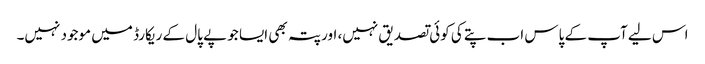
اس لیے آپ کے پاس اب پتے کی کوئی تصدیق نہیں، اور پتہ بھی ایسا جو پے پال کے ریکارڈ میں موجود نہیں۔